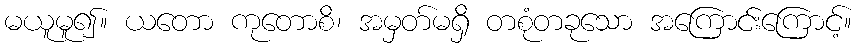
မယူမူ၍။ ယတော ကုတောစိ၊ အမှတ်မရှိ တစုံတခုသော အကြောင်းကြောင့်။